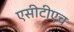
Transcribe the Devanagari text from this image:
एसीटीएच